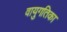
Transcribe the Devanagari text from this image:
वायुगतिका